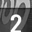
Digit: 2